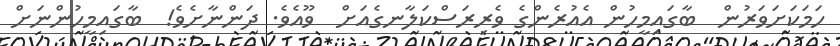
ހަމަކަށަވަރުން  ބާގައިމީހުން އެއުރެންގެ ވެރިރަސްކަލާނގެއަށް  ވޫއެވެ. ދަންނާށެވެ!  ބާގައިމީހުންނަށް